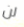
لن